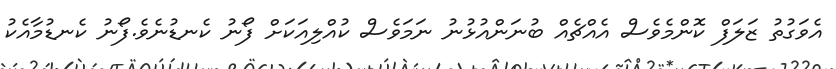
އެވަގުތު ޒަަލަފް ކޮންމެވެސް އެއްޗެއް ބުނަންއުޅުނު ނަމަވެސް ކުއްލިއަކަށް ފޯނު ކެނޑުނެވެ.ފޯނު ކެނޑުމާއެކު